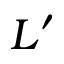
L ^ { \prime }